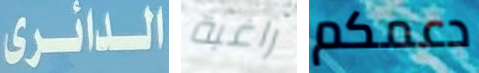
الدائرى راغبة دعمكم